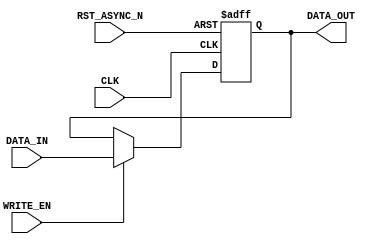
/*-----------------------------------------------------------------------------------
* Date generated: 25/03/2023
* Date modified: 11/05/2023
* Description: Stores the input Motion Vectors. MSBs: horizontal, LSBs: vertical
*----------------------------------------------------------------------------------- */

module reg_MV (
    CLK,
    RST_ASYNC_N, 
    WRITE_EN,
    DATA_IN,  
    DATA_OUT
);


// ------------------------------------------
// IO declaration
// ------------------------------------------
    input CLK;                              // Clock
    input RST_ASYNC_N;						// Asynchronous reset
    input WRITE_EN;							// Enables writing
    input signed [15:0] DATA_IN;			// Data in
    output reg signed [15:0] DATA_OUT;	    // Data out
    

// ------------------------------------------
// Sequential logic
// ------------------------------------------
always @(posedge CLK, negedge RST_ASYNC_N) begin
if (!RST_ASYNC_N)                        // If rst async is low
    begin
            DATA_OUT <= 16'b0;
    end
    
    else if (WRITE_EN) 		 			    // If write enable is high
    begin
        DATA_OUT <= DATA_IN; 			    // Write data to the register at the specified address
    end 
end

endmodule // reg_MV